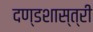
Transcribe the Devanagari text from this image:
दण्डशास्त्री